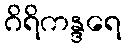
ဂိရိကန္ဒရေ